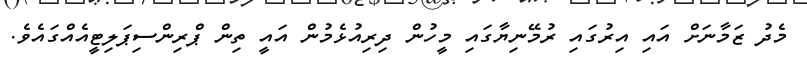
މެދު ޒަމާނަށް އައި އިރުގައި ރުމޭނިޔާގައި މީހުން ދިރިއުޅެމުން އައީ ތިން ޕްރިންސިޕަލިޓީއެއްގައެވެ.